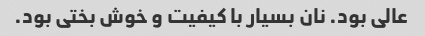
عالی بود. نان بسیار با کیفیت و خوش بختی بود.